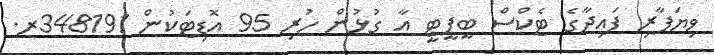
ވިޔަފާރި ފައިދާގެ ޓެކްސް ބީޕީޓީ އާ ގުޅުން ހުރި 95 އޮޑިޓަކުން 348191ރ.